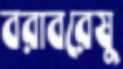
বরাবরেষু